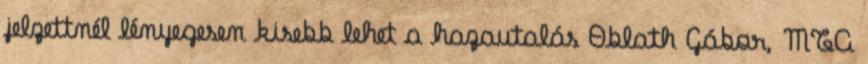
jelzettnél lényegesen kisebb lehet a hazautalás Oblath Gábor, MTA